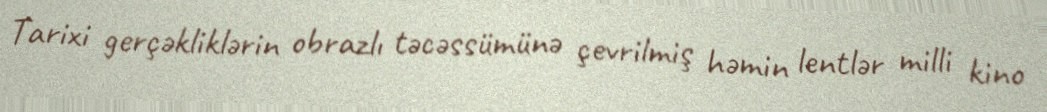
Tarixi gerçəkliklərin obrazlı təcəssümünə çevrilmiş həmin lentlər milli kino